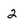
Character: 2